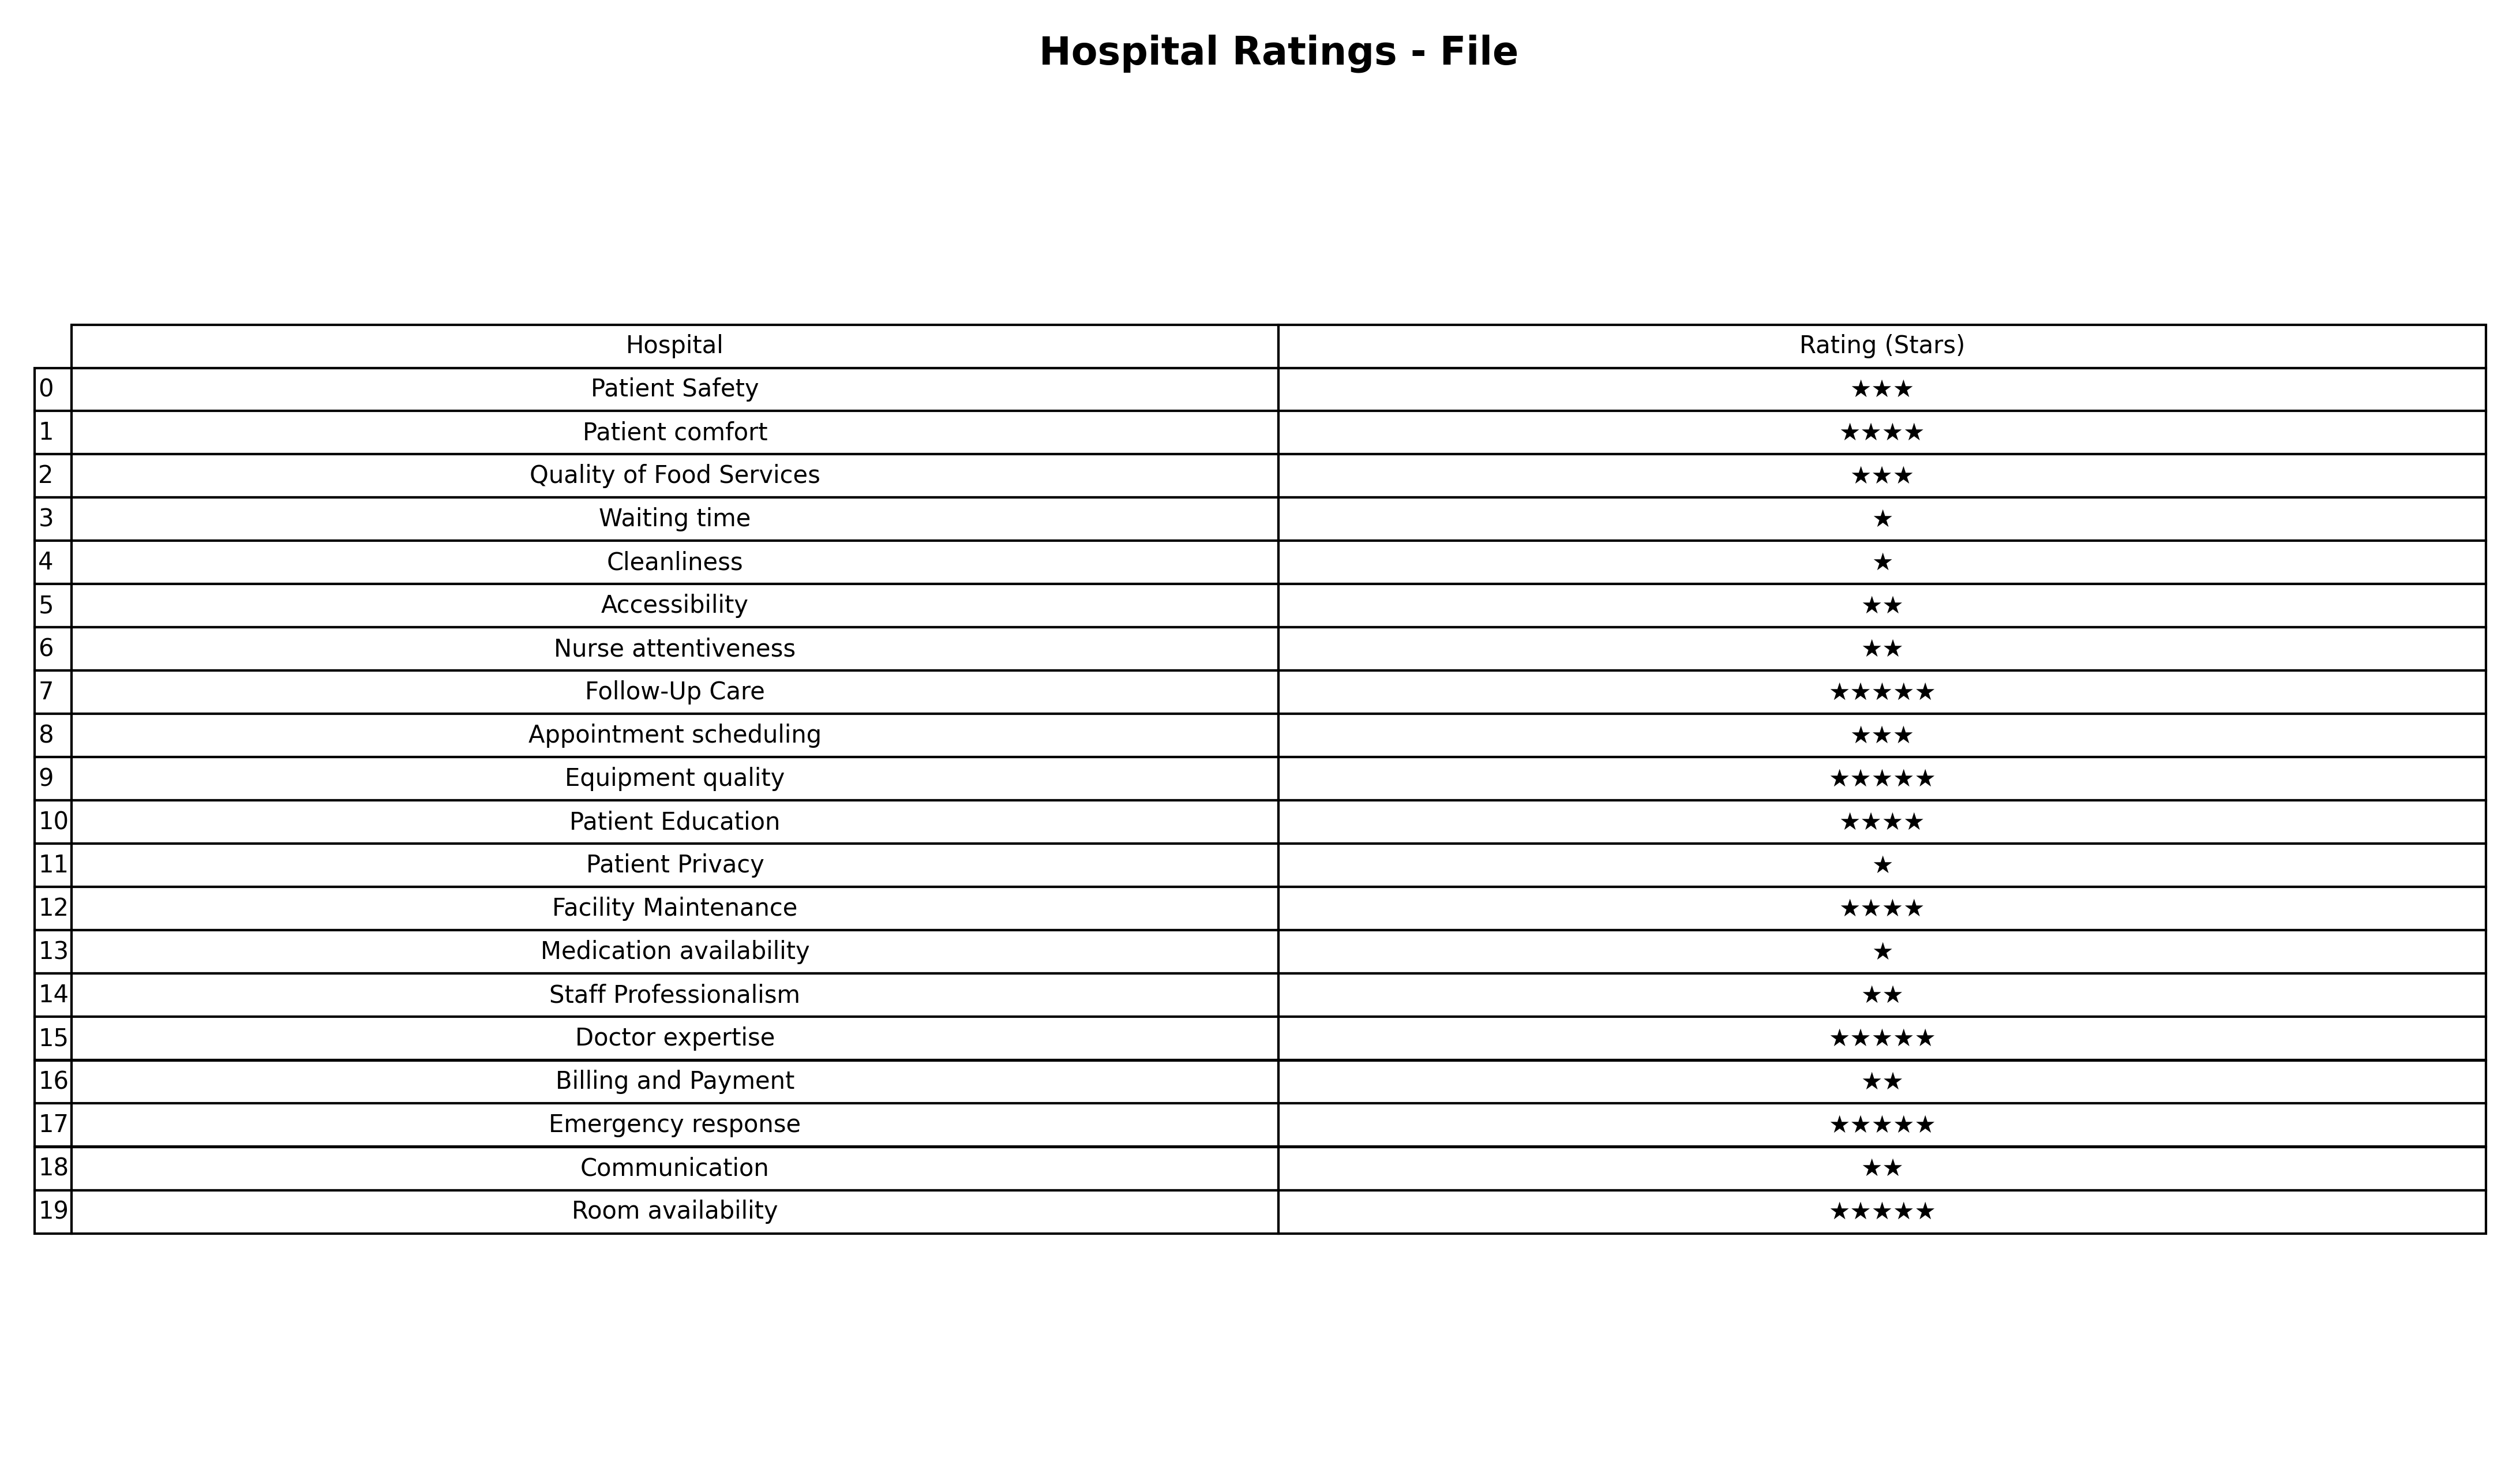
question: What are lowest rating services?
answer: Patient comfortPatient EducationFacility Maintenance